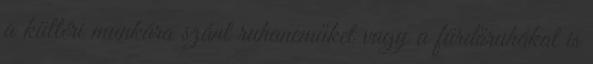
a kültéri munkára szánt ruhaneműket vagy a fürdőruhákat is